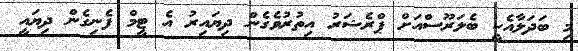
މި ބަދަލާއެކީ ބެލަރޫސްއަށް ޕްރެޝަރު އިތުރުވެގެން ދިޔައިރު އެ ޓީމް ފެނިގެން ދިޔައީ